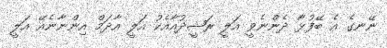
ނޭނގެ އެ ބޭފުޅާ ދެންނެވީ އަލީ ރަޝީދުއާއެކު އަލީ އާދަމް އިންނާނެއޭ އަލީ